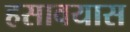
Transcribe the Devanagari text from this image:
हसावयास